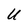
Character: U